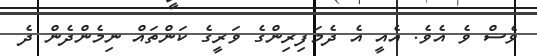
ވެސް ވެ އެވެ. އެއީ އެ ދެމަފިރިންގެ ވަރީގެ ކަންތައް ނިމެންދެން ދެ